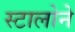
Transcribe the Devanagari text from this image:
स्टालोने